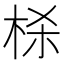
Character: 𬂮